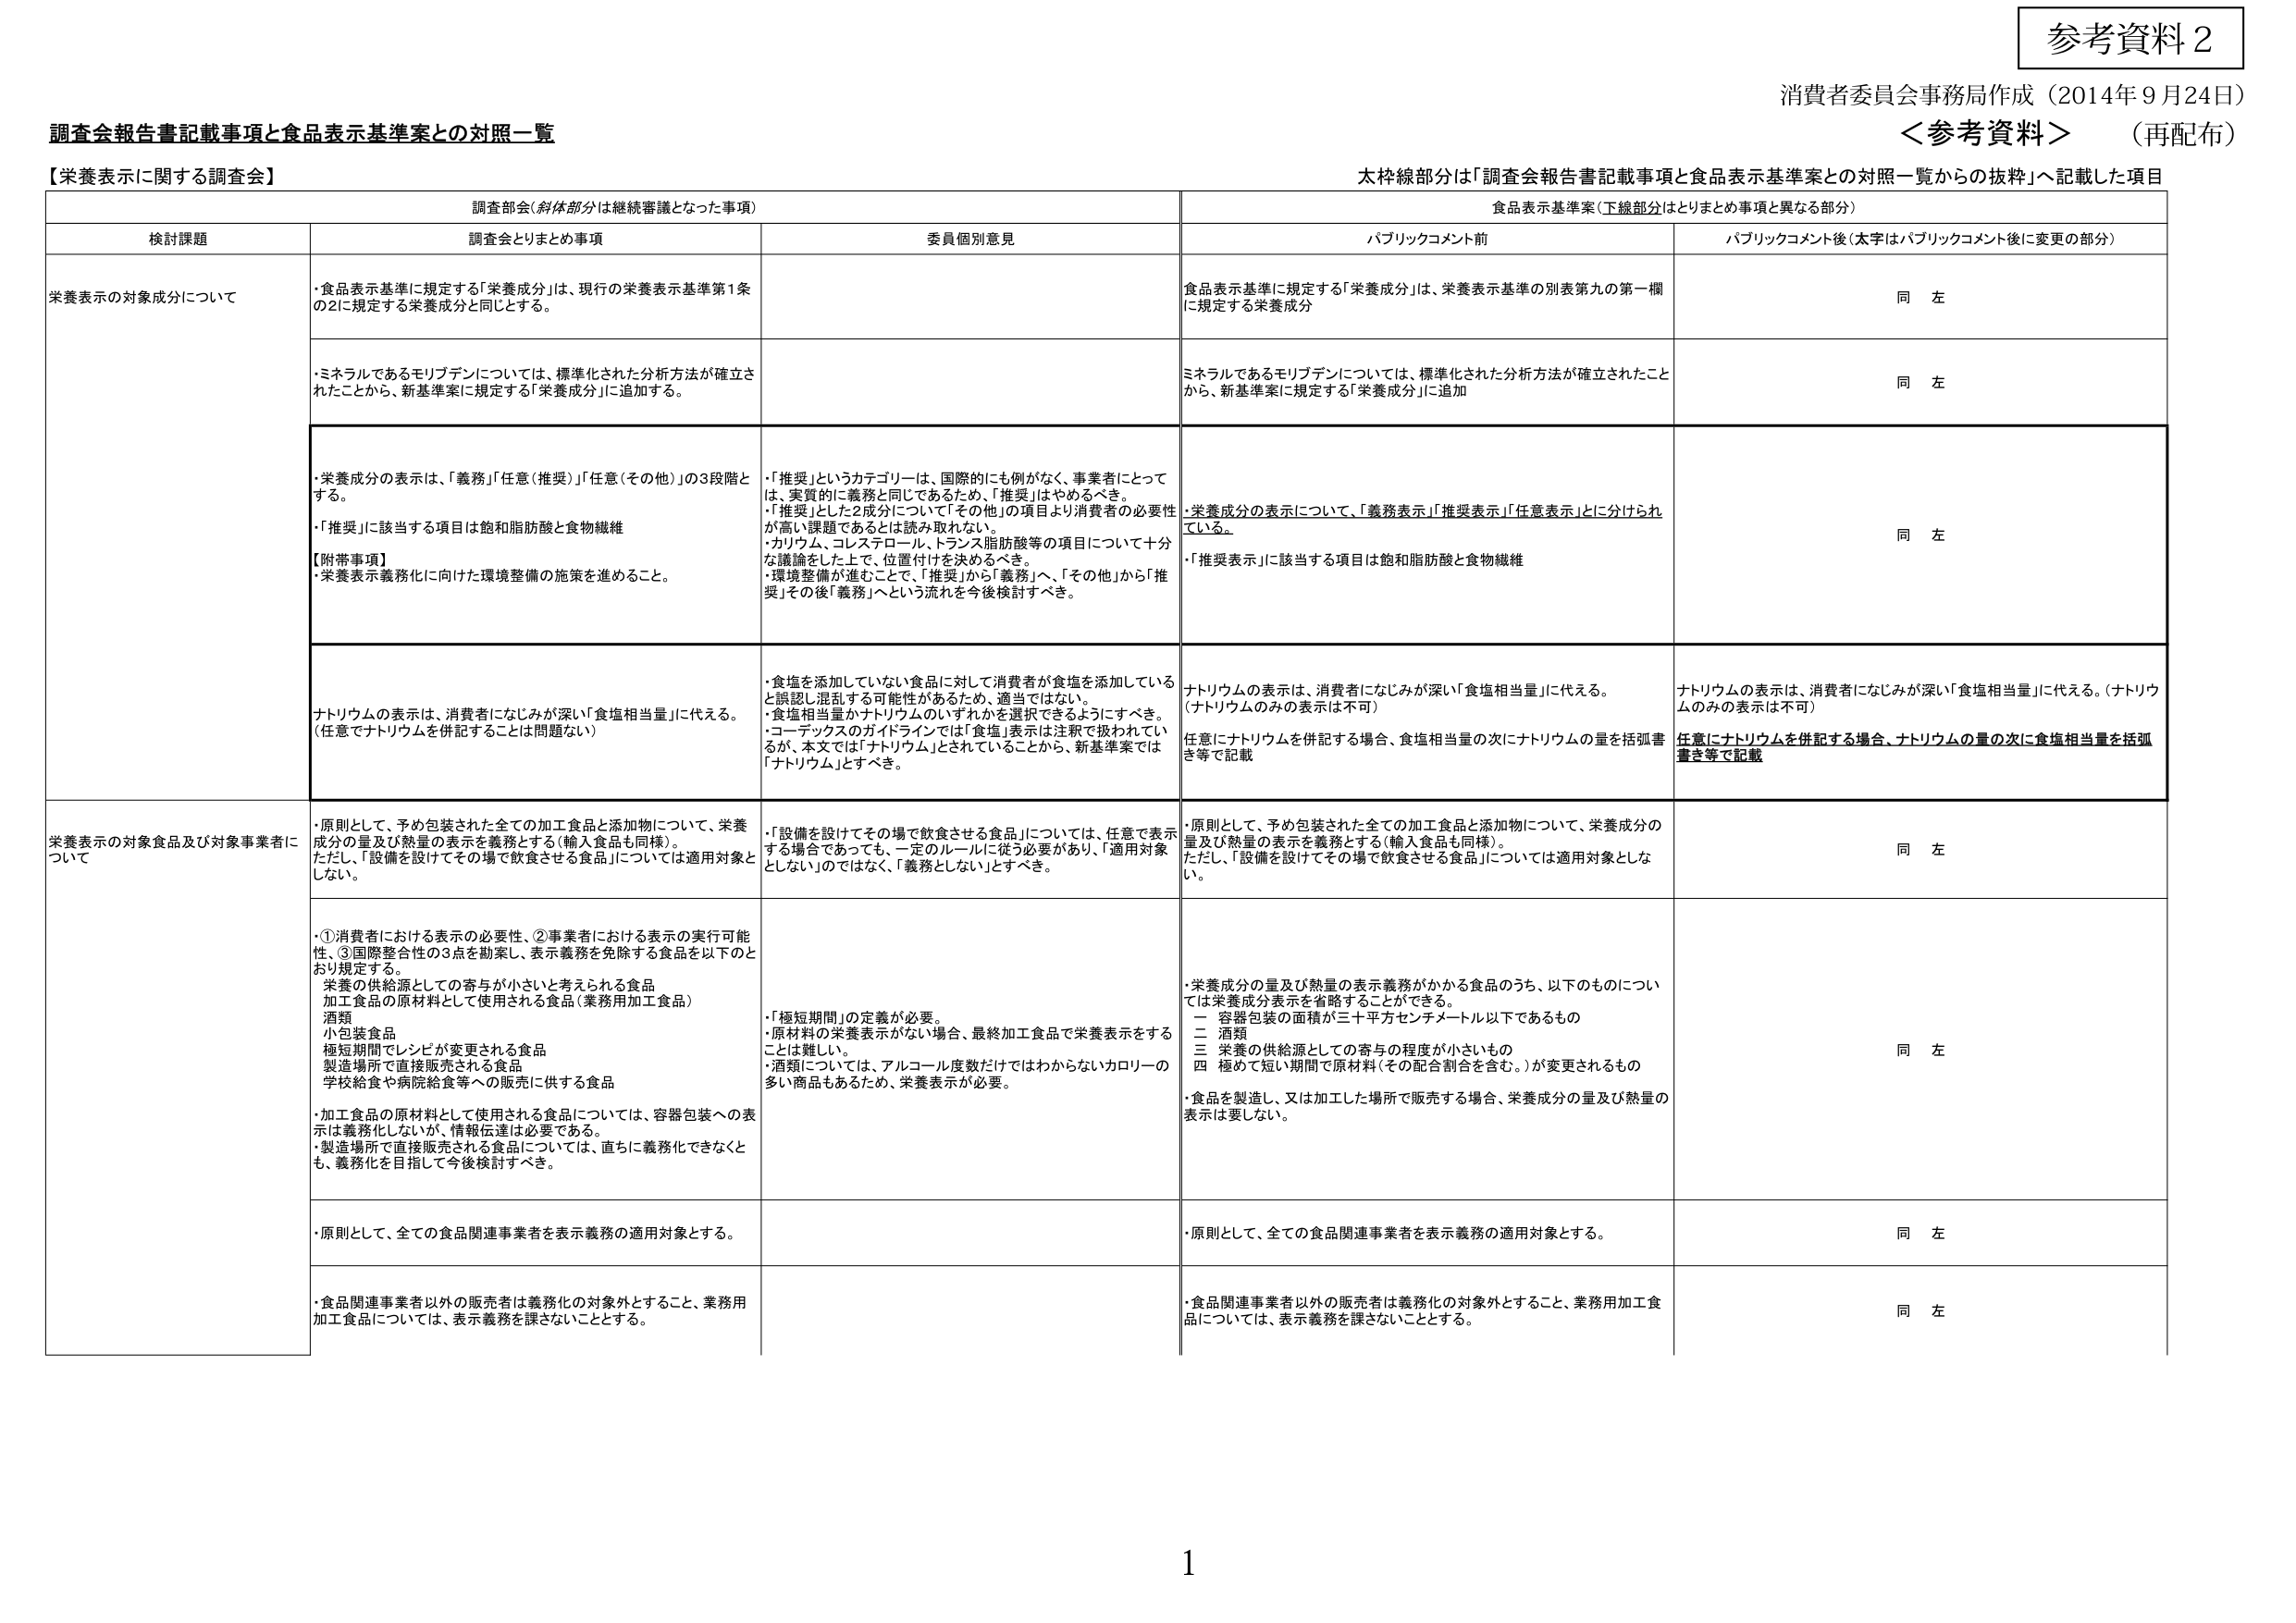
参考資料２
消費者委員会事務局作成（2014年9月24日）
＜参考資料＞（再配布）

調査会報告書記載事項と食品表示基準案との対照一覧

【栄養表示に関する調査会】

太枠線部分は「調査会報告書記載事項と食品表示基準案との対照一覧からの抜粋」へ記載した項目

| 検討課題 | 調査会とりまとめ事項（斜体部分は継続審議となった事項） | 委員個別意見 | 食品表示基準案（下線部分はとりまとめ事項と異なる部分） | パブリックコメント前 | パブリックコメント後（太字はパブリックコメント後に変更の部分） |
|----------|--------------------------------------------------------|--------------|--------------------------------------------------------|----------------------|--------------------------------------------------------|
| 栄養表示の対象成分について | ・食品表示基準に規定する「栄養成分」は、現行の栄養表示基準第1条の2に規定する栄養成分と同じとする。 | | 食品表示基準に規定する「栄養成分」は、栄養表示基準の別表第九の第一欄に規定する栄養成分 | 同左 | |
| | ・ミネラルであるモリブデンについては、標準化された分析方法が確立されたことから、新基準案に規定する「栄養成分」に追加する。 | | ミネラルであるモリブデンについては、標準化された分析方法が確立されたことから、新基準案に規定する「栄養成分」に追加 | 同左 | |
| | ・栄養成分の表示は、「義務」「任意（推奨）」「任意（その他）」の3段階とする。<br>・「推奨」に該当する項目は飽和脂肪酸と食物繊維<br>【附帯事項】<br>・栄養表示義務化に向けた環境整備の施策を進めること。 | ・「推奨」というカテゴリーは、国際的にも例がなく、事業者にとっては、実質的に義務と同じであるため、「推奨」はやめるべき。<br>・「推奨」とした2成分について「その他」の項目より消費者の必要性が高い課題であるとは読み取れない。<br>・カリウム、コレステロール、トランス脂肪酸等の項目について十分な議論をした上で、位置付けを決めるべき。<br>・環境整備が進むことで、「推奨」から「義務」へ、「その他」から「推奨」その後「義務」へという流れを今後検討すべき。 | ・栄養成分の表示について、「義務表示」「推奨表示」「任意表示」とに分けられている。<br>・「推奨表示」に該当する項目は飽和脂肪酸と食物繊維 | 同左 | |
| | ナトリウムの表示は、消費者になじみが深い「食塩相当量」に代える。（任意でナトリウムを併記することは問題ない） | ・食塩を添加していない食品に対して消費者が食塩を添加していると誤認し混乱する可能性があるため、適当ではない。<br>・食塩相当量かナトリウムのいずれかを選択できるようにすべき。<br>・コーデックスのガイドラインでは「食塩」表示は注釈で扱われているが、本文では「ナトリウム」とされていることから、新基準案では「ナトリウム」とすべき。 | ナトリウムの表示は、消費者になじみが深い「食塩相当量」に代える。（ナトリウムのみの表示は不可）<br>任意にナトリウムを併記する場合、食塩相当量の次にナトリウムの量を括弧書き等で記載 | ナトリウムの表示は、消費者になじみが深い「食塩相当量」に代える。（ナトリウムのみの表示は不可）<br>任意にナトリウムを併記する場合、ナトリウムの量の次に食塩相当量を括弧書き等で記載 | |
| 栄養表示の対象食品及び対象事業者について | ・原則として、予め包装された全ての加工食品と添加物について、栄養成分の量及び熱量の表示を義務とする（輸入食品も同様）。<br>ただし、「設備を設けてその場で飲食させる食品」については適用対象としない。 | ・「設備を設けてその場で飲食させる食品」については、任意で表示する場合であっても、一定のルールに従う必要があり、「適用対象としない」のではなく、「義務としない」とすべき。 | ・原則として、予め包装された全ての加工食品と添加物について、栄養成分の量及び熱量の表示を義務とする（輸入食品も同様）。<br>ただし、「設備を設けてその場で飲食させる食品」については適用対象としない。 | 同左 | |
| | ・①消費者における表示の必要性、②事業者における表示の実行可能性、③国際整合性の3点を勘案し、表示義務を免除する食品を以下のとおり規定する。<br>　栄養の供給源としての寄与が小さいと考えられる食品<br>　加工食品の原材料として使用される食品（業務用加工食品）<br>　酒類<br>　小包装食品<br>　極短期間でレシピが変更される食品<br>　製造場所で直接販売される食品<br>　学校給食や病院給食等への販売に供する食品<br>・加工食品の原材料として使用される食品については、容器包装への表示は義務化しないが、情報伝達は必要である。<br>・製造場所で直接販売される食品については、直ちに義務化できなくとも、義務化を目指して今後検討すべき。 | ・「極短期間」の定義が必要。<br>・原材料の栄養表示がない場合、最終加工食品で栄養表示をすることは難しい。<br>・酒類については、アルコール度数だけではわからないカロリーの多い商品もあるため、栄養表示が必要。 | ・栄養成分の量及び熱量の表示義務がかかる食品のうち、以下のものについては栄養成分表示を省略することができる。<br>　一　容器包装の面積が三十平方センチメートル以下であるもの<br>　二　酒類<br>　三　栄養の供給源としての寄与の程度が小さいもの<br>　四　極めて短い期間で原材料（その配合割合を含む。）が変更されるもの<br>・食品を製造し、又は加工した場所で販売する場合、栄養成分の量及び熱量の表示は要しない。 | 同左 | |
| | ・原則として、全ての食品関連事業者を表示義務の適用対象とする。 | | ・原則として、全ての食品関連事業者を表示義務の適用対象とする。 | 同左 | |
| | ・食品関連事業者以外の販売者は義務化の対象外とすること、業務用加工食品については、表示義務を課さないこととする。 | | ・食品関連事業者以外の販売者は義務化の対象外とすること、業務用加工食品については、表示義務を課さないこととする。 | 同左 | |

1